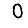
Digit: 0